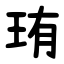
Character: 珛